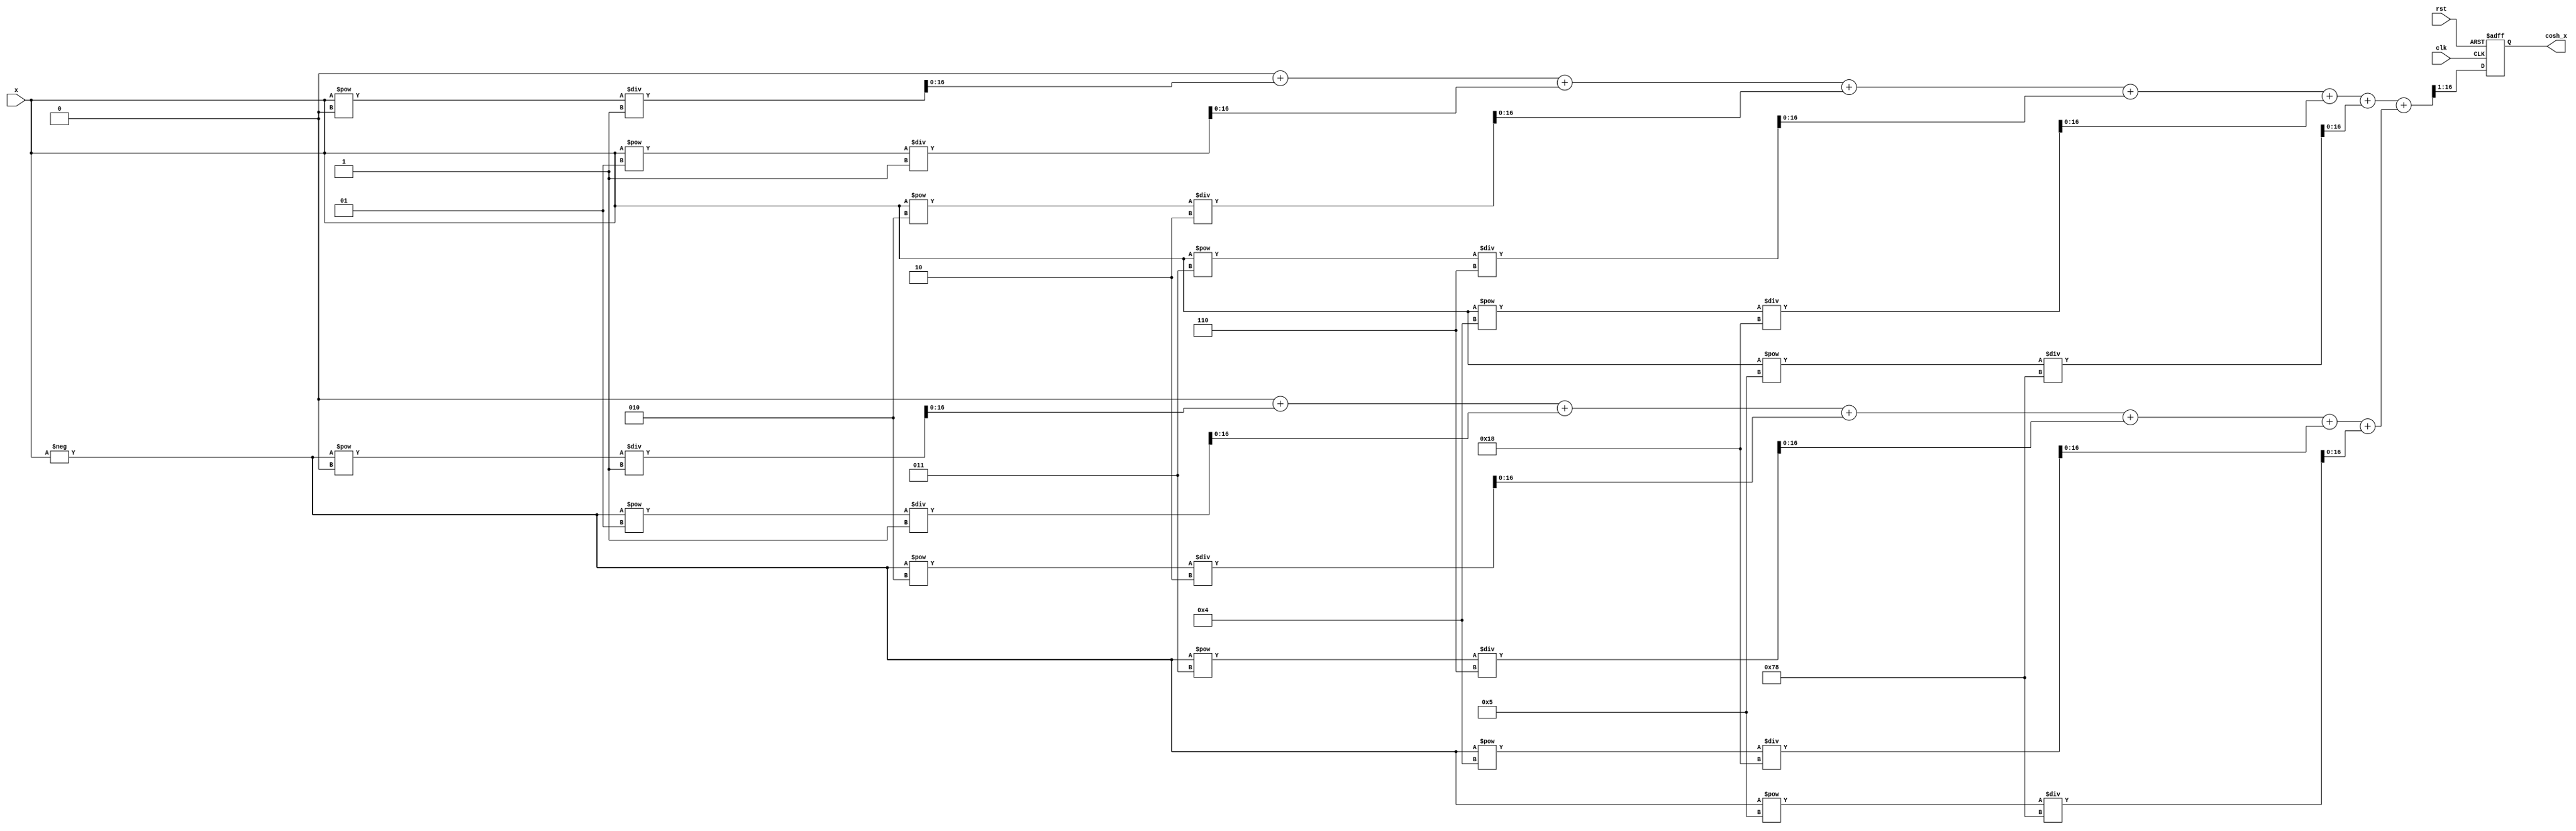
module hyperbolic_cosh (
    input wire [15:0] x,        // Fixed-point input (16 bits)
    output reg [15:0] cosh_x,   // Fixed-point output (16 bits)
    input wire clk,
    input wire rst
);

    // Parameters
    parameter NUM_TERMS = 6;    // Number of terms in Taylor series
    parameter FIXED_POINT_SCALE = 16; // Scale for fixed-point representation

    // Internal variables
    reg [31:0] e_pos;            // e^x
    reg [31:0] e_neg;            // e^-x
    reg [31:0] term;             // Current term in the series
    reg [31:0] sum;              // Sum of the series
    integer i;

    // Function to calculate factorial
    function [31:0] factorial;
        input integer n;
        integer j;
        begin
            factorial = 1;
            for (j = 1; j <= n; j = j + 1) begin
                factorial = factorial * j;
            end
        end
    endfunction

    // Calculate e^x using Taylor series
    function [31:0] exp_taylor;
        input [15:0] x;
        integer n;
        begin
            exp_taylor = 0;
            for (n = 0; n < NUM_TERMS; n = n + 1) begin
                term = (x ** n) / factorial(n); // x^n / n!
                exp_taylor = exp_taylor + term;
            end
        end
    endfunction

    // Main computation
    always @(posedge clk or posedge rst) begin
        if (rst) begin
            cosh_x <= 16'b0;
        end else begin
            // Calculate e^x and e^-x
            e_pos = exp_taylor(x);
            e_neg = exp_taylor(-x);
            
            // Compute cosh(x) = (e^x + e^-x) / 2
            sum = e_pos + e_neg;
            cosh_x = sum >> 1; // Divide by 2 using right shift
        end
    end

endmodule